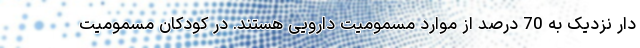
دار نزدیک به 70 درصد از موارد مسمومیت دارویی هستند. در کودکان مسمومیت